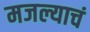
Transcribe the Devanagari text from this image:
मजल्याचं